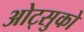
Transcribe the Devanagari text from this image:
ओट्सुको